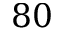
8 0